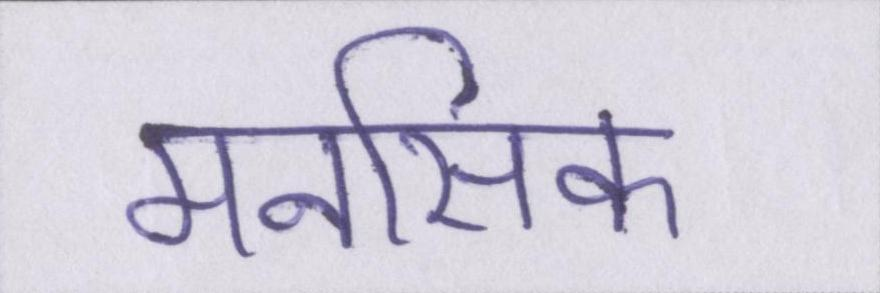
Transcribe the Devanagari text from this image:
मनसिक